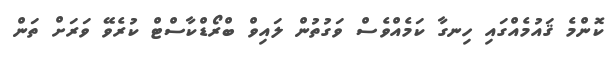
ކޮންމެ ޤައުމެއްގައި ހިނގާ ކަމެއްވެސް ވަގުތުން ލައިވް ބްރޯޑްކާސްޓް ކުރެވޭ ވަރަށް ތަން